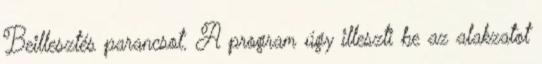
Beillesztés parancsot. A program úgy illeszti be az alakzatot